King Institute of Preventive Medicine Micro-Biological Section reports 1909-11
Year: 1909
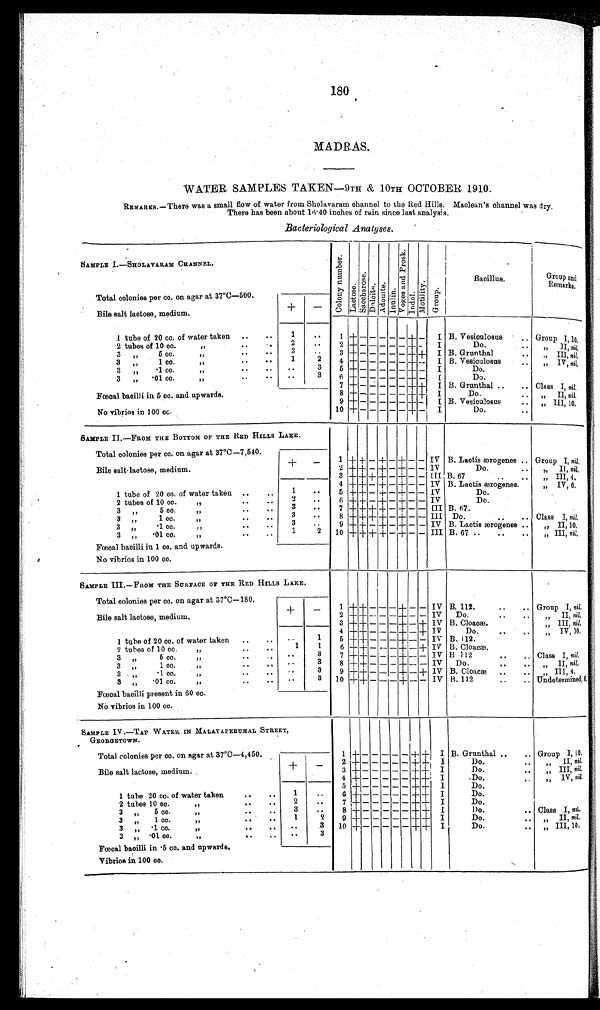
180
MADRAS.
WATER SAMPLES TAKEN—9TH & 10TH OCTOBER 1910.
REMARKS.—There was a small flow of water from Sholavaram channel to the Red Hills. Maclean's channel was dry.
There has been about 16·40 inches of rain since last analysis.
Bacteriological Analyses.
SAMPLE I.—SHOLAVARAM CHANNEL.
C o l o n y n u m b e r .
Lact ose.Sacchar os e. Dul ci te.Adoni t e.Inulin.
V o g e s a n d P r o s k .
Indol .Mot i l i t y.Group.
Bacillus.
Group and
Remar
ks.
Total colonies per cc. on agar at 37°C—500.
+
–
Bile salt lactose, medium.
1 tube of 20 cc. of water taken
1
1 + – – – – – + –
I B. Vesiculosus
Group I, 10.
2 tubes of 10 cc. „
2
2 + – – – – – + –
I
Do.
„ II, nil.
3 „ 5 cc. „
3
3 + – – – – –
+
+
I B. Grunthal
„ III, n i l .
3 „ 1 cc. „
1
2
4
+ – – – – – + –
I B. Ves
iculosus
„ IV, nil
.
3 „ ·1cc. „
3
5
+
– – – – –
+
–
I
Do.
3 „ ·01 cc „
3
6 +– – – – –
+
–
I
Do.
7
+
– – – – –
+
+ I B. Grunthal
Class I, nil
.
Fœcal bacilli in 5 cc. and upwards.
8
+
– – – – – +
+
I
Do.
„ II, ni l .
9
+
– – – – – + –
I B. Vesiculosus
„ III, 10.
No vibrios in 100 cc.
10 + – – – – – + –
I
Do.
SAMPLE II—FROM THE BOTTOM OF THE RED HILLS LAKE.
Total colonies per cc. on agar at 37°C—7,540.
+
–
1 +
+
–
+
–
+
– – IV B. Lactis ærogenes
Group I, n i l .
Bile salt lactose, medium.
2 + + – +
– + – –
IV
Do.
„ II, nil.
3
+ +
+
+
–
+
– – III B.67
„ III, 4.
4 + + – + – + – – IV B. Lactis ærogenes.
„ IV, 6,
1 tube of 20 cc. of water taken
1
5 + + –
+
– + – – IV
Do.
2 tubes of 10 cc. „
2
6 +
+
– + –
+
– –
IV
Do.
3 „ 5 cc. „
3
7
+ +
+
+
–
+
– –
III B. 67.
3 „ 1 cc. „
3
8 +
+
+ + – + – – III Do.
Class I, nil.
3 „ ·1 cc. „
3
9 + + – + – + – – IV B. Lactis ærogenes
„ II, 10.
3 „ ·01 cc. „
1
2
10
+
+ +
+ –
+
– – III B. 67.
„ III, nil.
Fœcal bacilli in 1 cc. and upwards.
No vibrios in 100 cc.
SAMPLE III.—FROM THE SURFACE OF THE RED HILLS LAKE.
Total colonies per cc. on agar at 37°C—180.
+
–
1 +
+
– – – + – – IV B. 112.
Group I, nil.
Bile salt lactose, medium.
2 +
+
– – –
+
– – IV
Do.
„ II, nil.
3 + + – – –
+
– +
IV
B. Cloacæ.
„ III, nil.
4
+ + – – –
+
–
+
IV
Do.
„ IV, 10.
1 tube of 20 cc. of water taken
1
5 + +
– – –
+
– – IV B. 112.
2 tubes of 10 cc. „
1
1
6 +
+
– – –
+
– + IV B. Cloacæ.
3 „ 5 cc. „
3
7
+
+ – – –
+
– – IV B. 112.
Class I, nil.
3 „ 1 c
c. „
3
8
+
+ – – –
+
– – IV
Do.
„ II, nil.
3 „ ·1 cc. „
3
9 +
+
– – –
+
– + IV B. Cloacæ
„ III 4.
3 „ ·01 cc. „
3
10
+ +
– – –
+
– – IV B. 112. Undetermined, 6
Fœcal bacilli present in 60 cc.
No vibrios in 100 cc.
SAMPLE IV.—TAP WATER IN MALAYAPERUMAL STREET,
GEORGETOWN.
Total colonies per cc. on agar at 37°C—4,450.
+
–
1
+
– – – – – – + I B. Grunthal. Group I, 10.
2
+
– – – – – – + I
Do.
„ II nil.
Bile salt lactose, medium.
3
+
– – – – – –
+
I
Do.
„ III, n i l
4 + – – – – – – + I
Do.
„ IV, nil.
5 + – – – – – –
+
I
Do.
1 tube 20 cc. of water taken
1
6
+
– – – – – –
+
I
Do.
2 tubes 10 cc. „
2
7
+
– – – – – –
+
I
Do.
3 „ 5 cc. „
3
8 + – – – – – –
+
I
Do.
Class I, nil.
3 „ 1 cc. „
1
2
9 + – – – – – –
+
I
Do.
„ II nil
3 „ ·1 cc. „
3
10
+ – – – – – –
+
I
Do.
„ III, 10.
3 „ ·01 cc. „
3
Fœcal bacilli in ·5 cc. and upwards.
Vibrios in 100 cc.